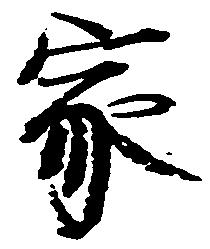
家